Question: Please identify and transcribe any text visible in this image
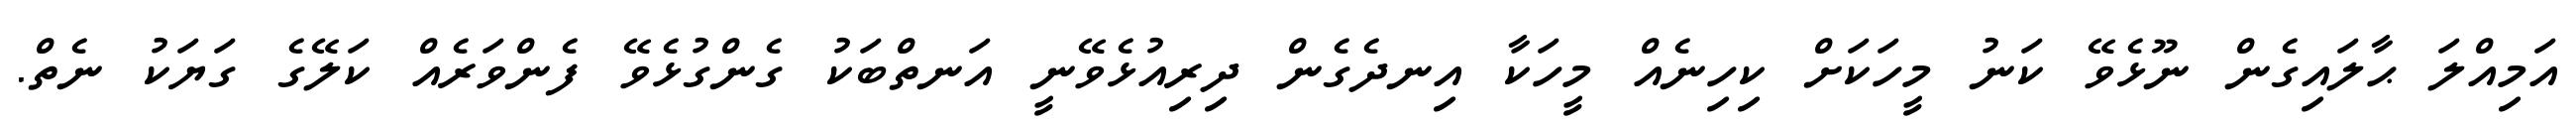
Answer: އަމިއްލަ ޙާލައިގެން ނޫޅެވޭ ކަނު މީހަކަށް ކިހިނެއް މީހަކާ އިނދެގެން ދިރިއުޅެވޭނީ އަނތްބަކު ގެންގުޅެވޭ ފެންވަރެއް ކަލޭގެ ގަޔަކު ނެތް.